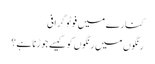
کنارے میں فوٹو گرافی
رنگوں میں رنگوں کو کیسے جوڑنا ہے؟